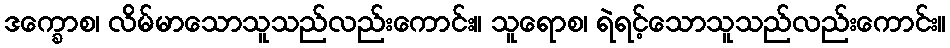
ဒက္ခောစ၊ လိမ်မာသောသူသည်လည်းကောင်း။ သူရောစ၊ ရဲရင့်သောသူသည်လည်းကောင်း။